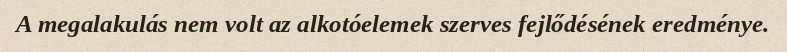
A megalakulás nem volt az alkotóelemek szerves fejlődésének eredménye.